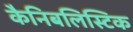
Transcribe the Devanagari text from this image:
कैनिबलिस्टिक